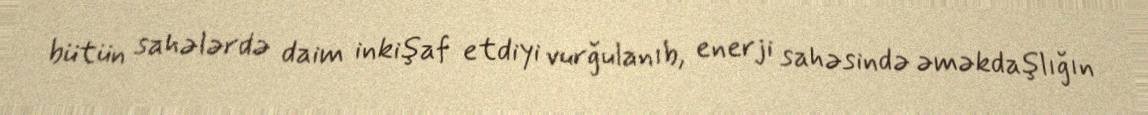
bütün sahələrdə daim inkişaf etdiyi vurğulanıb, enerji sahəsində əməkdaşlığın